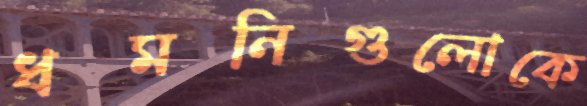
ধমনিগুলোকে